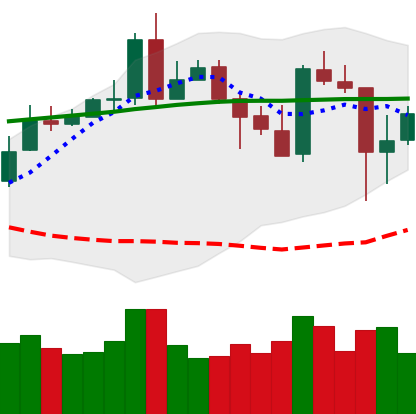
Ticker: XMR-USD
Chart end date: 2020-05-12
Forward return: 6.149%
Label: up_5_7